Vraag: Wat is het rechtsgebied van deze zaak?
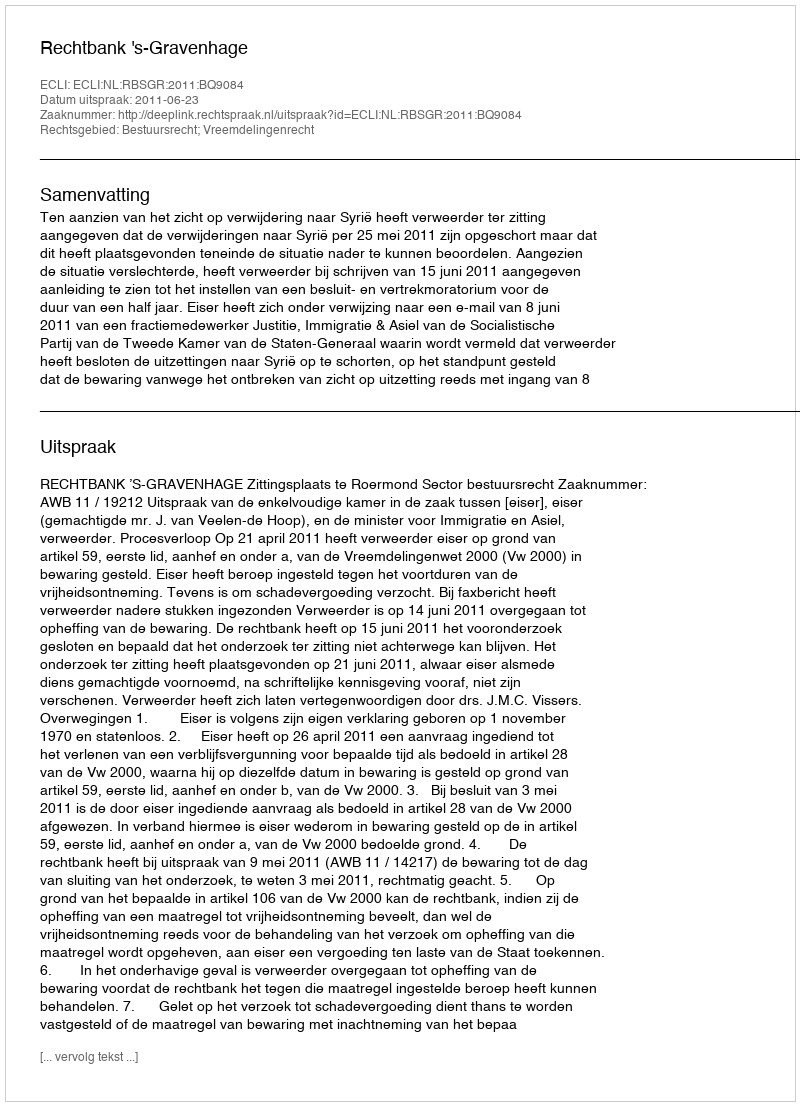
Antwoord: Bestuursrecht; Vreemdelingenrecht